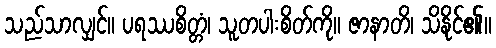
သည်သာလျှင်။ ပရဿစိတ္တံ၊ သူတပါးစိတ်ကို။ ဇာနာတိ၊ သိနိုင်၏။